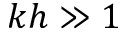
k h \gg 1